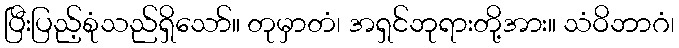
ပြီးပြည့်စုံသည်ရှိသော်။ တုမှာတံ၊ အရှင်ဘုရားတို့အား။ သံဝိဘာဂံ၊